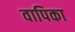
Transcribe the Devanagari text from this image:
वापिका